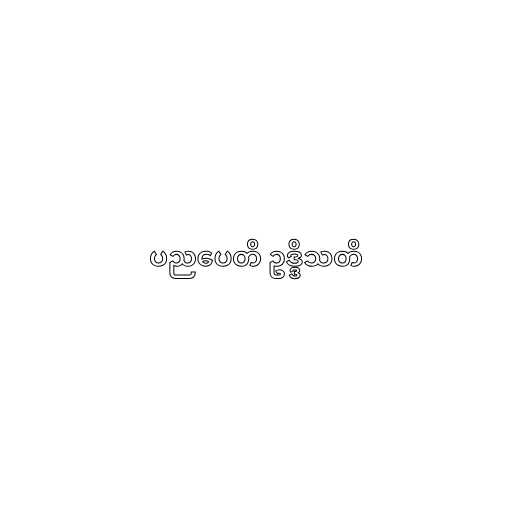
ပညပေတိ ဥဒ္ဒိသတိ